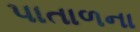
પાતાળના